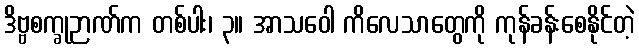
ဒိဗ္ဗစက္ခုဉာဏ်က တစ်ပါး၊ ၃။ အာသဝေါ ကိလေသာတွေကို ကုန်ခန်းစေနိုင်တဲ့